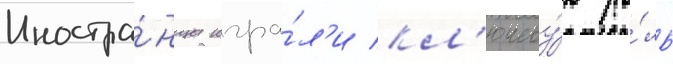
Иностра́нцы игра́л'и кл'ючеву́ю ро́ль